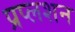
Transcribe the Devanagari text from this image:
प्रप्लशन